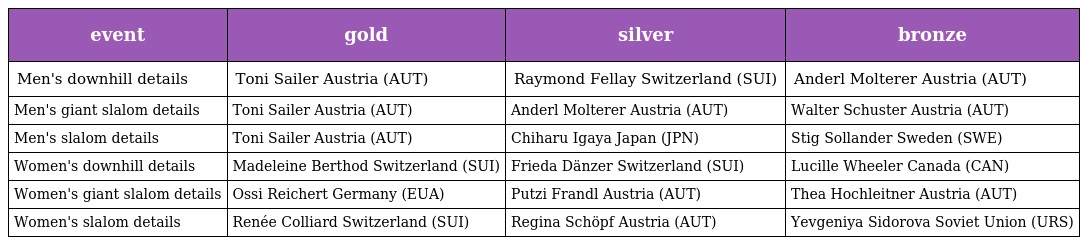
| event | gold | silver | bronze |
 | --- | --- | --- | --- |
 | Men's downhill details | Toni Sailer Austria (AUT) | Raymond Fellay Switzerland (SUI) | Anderl Molterer Austria (AUT) |
 | Men's giant slalom details | Toni Sailer Austria (AUT) | Anderl Molterer Austria (AUT) | Walter Schuster Austria (AUT) |
 | Men's slalom details | Toni Sailer Austria (AUT) | Chiharu Igaya Japan (JPN) | Stig Sollander Sweden (SWE) |
 | Women's downhill details | Madeleine Berthod Switzerland (SUI) | Frieda Dänzer Switzerland (SUI) | Lucille Wheeler Canada (CAN) |
 | Women's giant slalom details | Ossi Reichert Germany (EUA) | Putzi Frandl Austria (AUT) | Thea Hochleitner Austria (AUT) |
 | Women's slalom details | Renée Colliard Switzerland (SUI) | Regina Schöpf Austria (AUT) | Yevgeniya Sidorova Soviet Union (URS) |